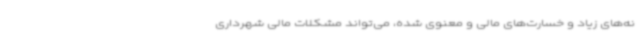
نه‌های زیاد و خسارت‌های مالی و معنوی شده، می‌تواند مشکلات مالی شهرداری